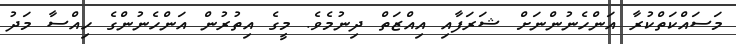
މަސައްކަތްކުރާ އަންހެނުންނަށް ޝަރަފާއި އިއްޒަތް ދިނުމެވެ. މީގެ އިތުރުން އަންހެނުންގެ ހިއްސާ މަދު